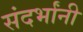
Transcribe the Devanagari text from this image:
संदर्भांनी